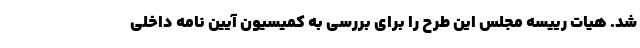
شد. هیات رییسه مجلس این طرح را برای بررسی به کمیسیون آیین نامه داخلی